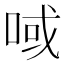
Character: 㖪